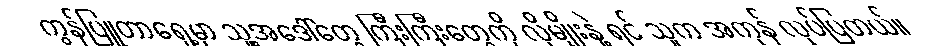
ကွန်ပြူတာရှေ့မှာ သူ့အဒေါ်တွေ ကြီးကြီးတွေကို လိုမျိုးနဲ့ ရင် သူက အကုန် လုပ်ပြတယ်။